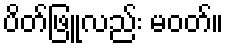
ပိတ်ဖြူလည်း မဝတ်။